Indian journal of veterinary science and animal husbandry - Volume 7,
Year: 1937
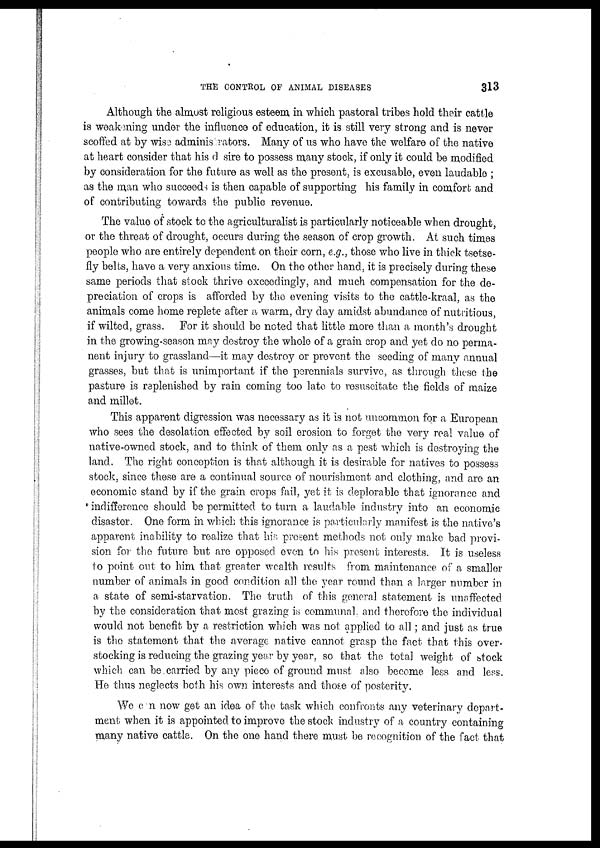
THE CONTROL OF ANIMAL DISEASES
313
Although the almost religious esteem in which pastoral tribes hold their cattle
is weakening under the influence of education, it is still very strong and is never
scoffed at by wise adminis rators. Many of us who have the welfare of the native
at heart consider that his d sire to possess many stock, if only it could be modified
by consideration for the future as well as the present, is excusable, even laudable ;
as the man who succeeds is then capable of supporting his family in comfort and
of contributing towards the public revenue.
The value of stock to the agriculturalist is particularly noticeable when drought,
or the threat of drought, occurs during the season of crop growth. At such times
people who are entirely dependent on their corn, e.g., those who live in thick tsetse-
fly belts, have a very anxious time. On the other hand, it is precisely during these
same periods that stock thrive exceedingly, and much compensation for the de-
preciation of crops is afforded by the evening visits to the cattle-kraal, as the
animals come home replete after a warm, dry day amidst abundance of nutritious,
if wilted, grass. For it should be noted that little more than a month's drought
in the growing-season may destroy the whole of a grain crop and yet do no perma-
nent injury to grassland—it may destroy or prevent the seeding of many annual
grasses, but that is unimportant if the perennials survive, as through these the
pasture is replenished by rain coming too late to resuscitate the fields of maize
and millet.
This apparent digression was necessary as it is not uncommon for a European
who sees the desolation effected by soil erosion to forget the very real value of
native-owned stock, and to think of them only as a pest which is destroying the
land. The right conception is that although it is desirable for natives to possess
stock, since these are a continual source of nourishment and clothing, and are an
economic stand by if the grain crops fail, yet it is deplorable that ignorance and
indifference should be permitted to turn a laudable industry into an economic
disaster. One form in which this ignorance is particularly manifest is the native's
apparent inability to realize that his present methods not only make bad provi-
sion for the future but are opposed even to his present interests. It is useless
to point out to him that greater wealth results from maintenance of a smaller
number of animals in good condition all the year round than a larger number in
a state of semi-starvation. The truth of this general statement is unaffected
by the consideration that most grazing is communal, and therefore the individual
would not benefit by a restriction which was not applied to all; and just as true
is the statement that the average native cannot grasp the fact that this over-
stocking is reducing the grazing year by year, so that the total weight of stock
which can be carried by any piece of ground must also become less and less.
He thus neglects both his own interests and those of posterity.
We can now get an idea of the task which confronts any veterinary depart-
ment when it is appointed to improve the stock industry of a country containing
many native cattle. On the one hand there must be recognition of the fact that